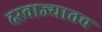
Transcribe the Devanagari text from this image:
दरवाज्यातच